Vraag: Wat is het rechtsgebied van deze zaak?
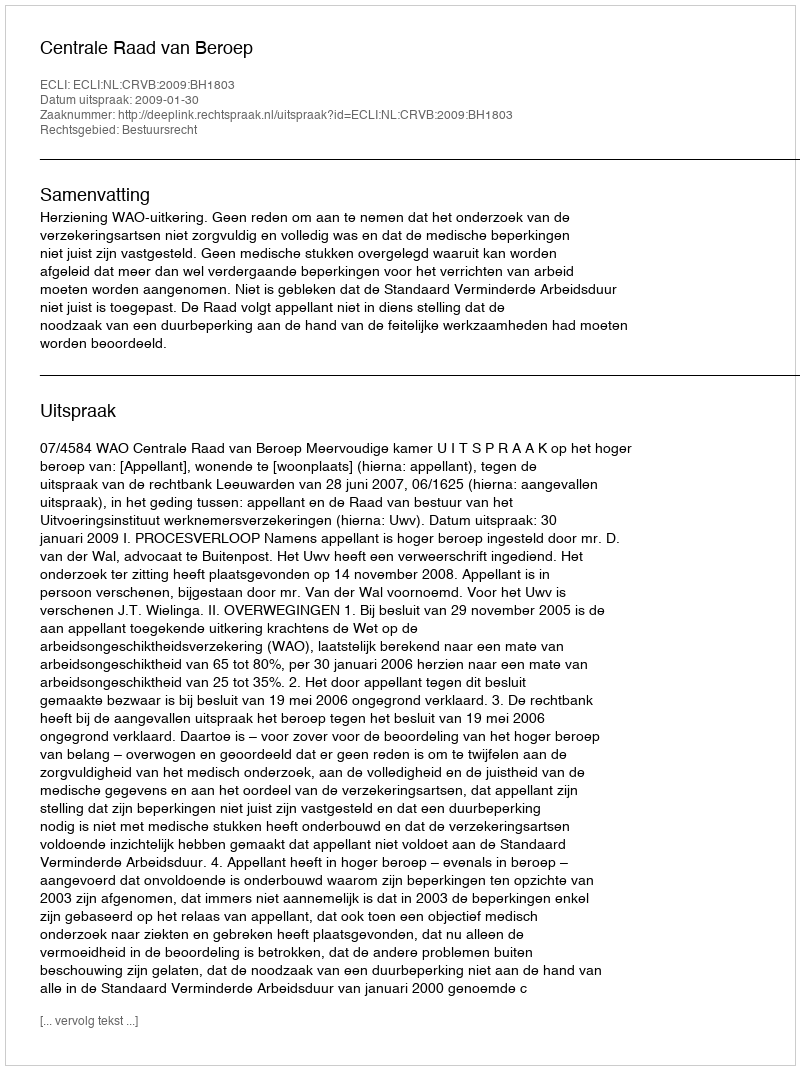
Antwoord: Bestuursrecht